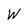
Character: W